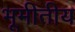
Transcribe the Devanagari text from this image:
भूमीतीय